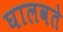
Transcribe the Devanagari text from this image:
घालवते